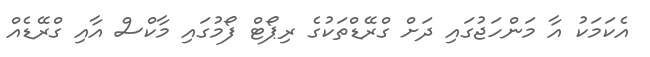
އެކަމަކު އާ މަންހަޖުގައި ދަށް ގްރޭޑްތަކުގެ ރިޕޯޓް ފޯމުގައި މާކްސް އާއި ގްރޭޑެއް